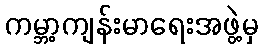
ကမ္ဘာ့ကျန်းမာရေးအဖွဲ့မှ